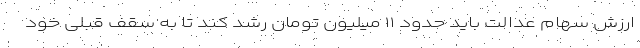
ارزش سهام عدالت باید حدود ۱۱ میلیون تومان رشد کند تا به سقف قبلی خود